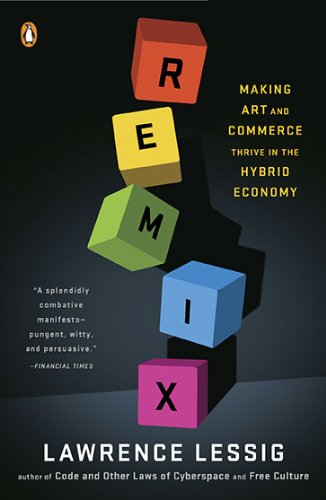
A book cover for Remix: Making Art and Commerce Thrive in the Hybrid Economy; Lawrence Lessig; Computers & Technology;